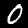
Digit: 0